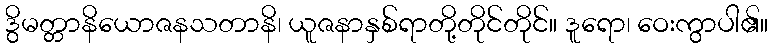
ဒွိမတ္တာနိယောဇနသတာနိ၊ ယူဇနာနှစ်ရာတို့တိုင်တိုင်။ ဒူရော၊ ဝေးကွာပါ၏။